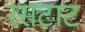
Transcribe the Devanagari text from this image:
रसटाट